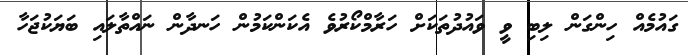
ގައުމެއް ހިންގަން ލިބި ވީ ވައުދުތަކަށް ހަރާމްކޯރުވެ އެކަންކަމުން ހަނދާން ނައްތާލައި ބަޔަކުޖަހާ